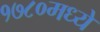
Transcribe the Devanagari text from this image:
१७८०मध्ये